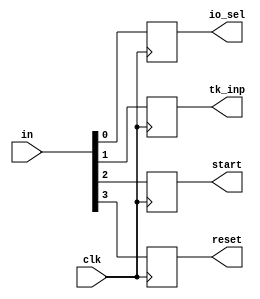
`timescale 1ps/1ps
module debouncer(in,io_sel,tk_inp,start,reset,clk);
 input [3:0]in;
 input clk;
 output reg io_sel,tk_inp,start,reset;
 always@(posedge clk)
 begin
     io_sel<=in[0];
     tk_inp<=in[1];
     start<=in[2];
     reset<=in[3];
 end
endmodule

module comparator(pts,io_sel,tk_inp,led,start,clk,out,reset);
 input clk,start,reset;
 output reg [2:0]out;
 input [2:0]pts;
 input io_sel,tk_inp;
 output reg led;
 reg stop,op;
 reg [2:0]p_state;
 reg [2:0]i_state,f_state;
 reg [2:0]n_state[7:0];
 reg [2:0]prev_st[7:0];
 reg [5:0]dist0[7:0];
 reg [5:0]dist1[7:0];
 reg [5:0]dist2[7:0];
 reg [5:0]dist3[7:0];
 reg [5:0]dist4[7:0];
 reg [5:0]dist5[7:0];
 reg [5:0]dist6[7:0];
 reg [5:0]dist7[7:0];
 reg [5:0]dt[7:0];
 reg [2:0]path[7:0];
 reg [3:0]a,count,cnt,ct;
 reg [2:0]ctr;
  always@(posedge tk_inp)
 begin
     if(io_sel==1'b0)
       i_state=pts;
     else if(io_sel==1'b1)
       f_state=pts;
 end
 always@(posedge clk)
 begin
     dist0[0]<=6'd0; dist0[1]<=6'd1; dist0[2]<=6'd2; dist0[3]<=6'd5; dist0[4]<=6'd20; dist0[5]<=6'd20; dist0[6]<=6'd20; dist0[7]<=6'd20;
     dist1[0]<=6'd1; dist1[1]<=6'd0; dist1[2]<=6'd20; dist1[3]<=6'd20; dist1[4]<=6'd4; dist1[5]<=6'd11; dist1[6]<=6'd20; dist1[7]<=6'd20;
     dist2[0]<=6'd2; dist2[1]<=6'd20; dist2[2]<=6'd0; dist2[3]<=6'd20; dist2[4]<=6'd9; dist2[5]<=6'd5; dist2[6]<=6'd16; dist2[7]<=6'd20;
     dist3[0]<=6'd5; dist3[1]<=6'd20; dist3[2]<=6'd20; dist3[3]<=6'd0; dist3[4]<=6'd20; dist3[5]<=6'd20; dist3[6]<=6'd2; dist3[7]<=6'd20;
     dist4[0]<=6'd20; dist4[1]<=6'd4; dist4[2]<=6'd9; dist4[3]<=6'd20; dist4[4]<=6'd0; dist4[5]<=6'd20; dist4[6]<=6'd20;dist4[7]<=6'd18;
     dist5[0]<=6'd20; dist5[1]<=6'd11; dist5[2]<=6'd5; dist5[3]<=6'd20; dist5[4]<=6'd20; dist5[5]<=6'd0; dist5[6]<=6'd20; dist5[7]<=6'd13;
     dist6[0]<=6'd20; dist6[1]<=6'd20; dist6[2]<=6'd16; dist6[3]<=6'd2;dist6[4]<=6'd20; dist6[5]<=6'd20; dist6[6]<=6'd0; dist6[7]<=6'd2;
     dist7[0]<=6'd20; dist7[1]<=6'd20; dist7[2]<=6'd20; dist7[3]<=6'd20; dist7[4]<=6'd18; dist7[5]<=6'd13; dist7[6]<=6'd2; dist7[7]<=6'd0;
     n_state[0]<=3'd0; n_state[1]<=3'd1; n_state[2]<=3'd2; n_state[3]<=3'd3; n_state[4]<=3'd4; n_state[5]<=3'd5; n_state[6]<=3'd6; n_state[7]<=3'd7;
 end
 always@(posedge clk)
 begin
     if(reset==1'b1)
     begin
         cnt<=4'd1;
         a<=4'd0;
         ctr<=2'd1;
         count<=4'd0;
         prev_st[0]<=i_state;
         dt[0]<=6'd20;dt[1]<=6'd20;dt[2]<=6'd20;dt[3]<=6'd20;dt[4]<=6'd20;dt[5]<=6'd20;dt[6]<=6'd20;dt[7]<=6'd20;
         p_state<=i_state;
         stop<=1'b0;
         led<=1'b0;
         dt[p_state]<=6'd0;
         path[0]<=f_state;
         op<=1'b0;
     end 
     if(cnt==4'd8)
     begin
         op<=1'b1;
         cnt<=4'd1;
         a<=4'd0;
         count<=4'd0;
         p_state<=f_state;
     end
     if(stop==1'b0 && reset==1'b0)
     begin
         case(p_state)
             3'd0 : begin
                 if(a<4'd8)
                 begin
                     if(count<cnt+1)
                     begin
                         if(n_state[a]!=prev_st[count] && op==1'b0)
                         begin
                             if(dt[a]>(dist0[a]+dt[0]))
                             begin
                                 dt[a]<=dist0[a]+dt[0];
                             end                            
                         end
                         else if(op==1'b1 && n_state[a]!=path[count])
                         begin
                             if((dt[0]-dt[a])==dist0[a])
                             begin                               
                                 p_state<=n_state[a];
                                 path[cnt]<=n_state[a];
                                 if(n_state[a]==i_state)begin stop<=1'b1; end
                             end
                         end
                         count<=count+1;
                     end
                     else if(count==cnt+1)
                     begin
                         count<=0;
                         a<=a+1;
                     end
                 end
                 else if(a==4'd8)
                 begin
                     a<=0;
                     cnt<=cnt+1;
                     if(op==1'b0)
                     begin
                         prev_st[cnt]<=p_state;
                         p_state<=3'd1;
                     end
                     
                 end
             end
             3'd1 : begin
                 if(a<4'd8)
                 begin
                     if(count<cnt+1)
                     begin                        
                         if(n_state[a]!=prev_st[count] && op==1'b0)
                         begin
                             if(dt[a]>dist1[a]+dt[1])
                             begin
                                 dt[a]<=dist1[a]+dt[1];
                             end                            
                         end
                         else if(op==1'b1 && n_state[a]!=path[count])
                         begin
                             if((dt[1]-dt[a])==dist1[a])
                             begin                                 
                                 p_state<=n_state[a];
                                 path[cnt]<=n_state[a];
                                 if(n_state[a]==i_state)begin stop<=1'b1; end
                             end
                         end
                         count<=count+1;
                     end
                     else if(count==cnt+1)
                     begin
                         count<=0;
                         a<=a+1;
                     end
                 end
                 else if(a==4'd8)
                 begin
                     a<=0;
                     cnt<=cnt+1;
                     if(op==1'b0)
                     begin
                         prev_st[cnt]<=p_state;
                         p_state<=3'd2;
                     end
                 end
             end
             3'd2 : begin
                 if(a<4'd8)
                 begin
                     if(count<cnt+1)
                     begin
                         if(n_state[a]!=prev_st[count] && op==1'b0)
                         begin
                             if(dt[a]>dist2[a]+dt[2])
                             begin
                                 dt[a]<=dist2[a]+dt[2];
                             end                            
                         end
                         else if(op==1'b1 && n_state[a]!=path[count])
                         begin
                             if((dt[2]-dt[a])==dist2[a])
                             begin                              
                                 p_state<=n_state[a];
                                 path[cnt]<=n_state[a];
                                 if(n_state[a]==i_state)begin stop<=1'b1; end
                             end
                         end
                         count<=count+1;
                     end
                     else if(count==cnt+1)
                     begin
                         count<=0;
                         a<=a+1;
                     end
                 end
                 else if(a==4'd8)
                 begin
                     a<=0;
                     cnt<=cnt+1;
                     if(op==1'b0)
                     begin
                         prev_st[cnt]<=p_state;
                         p_state<=3'd3;
                     end
                 end
             end
             3'd3 : begin
                 if(a<4'd8)
                 begin
                     if(count<cnt+1)
                     begin
                         if(n_state[a]!=prev_st[count] && op==1'b0)
                         begin
                             if(dt[a]>dist3[a]+dt[3])
                             begin
                                 dt[a]<=dist3[a]+dt[3];
                             end                            
                         end
                         else if(op==1'b1 && n_state[a]!=path[count])
                         begin
                             if((dt[3]-dt[a])==dist3[a])
                             begin                                
                                 p_state<=n_state[a];
                                 path[cnt]<=n_state[a];
                                 if(n_state[a]==i_state)begin stop<=1'b1; end
                             end
                         end
                         count<=count+1;
                     end
                     else if(count==cnt+1)
                     begin
                         count<=0;
                         a<=a+1;
                     end
                 end
                 else if(a==4'd8)
                 begin
                     a<=0;
                     cnt<=cnt+1;
                     if(op==1'b0)
                     begin
                         prev_st[cnt]<=p_state;
                         p_state<=3'd4;
                     end
                 end
             end
             3'd4 : begin
                if(a<4'd8)
                 begin
                     if(count<cnt+1)
                     begin
                         if(n_state[a]!=prev_st[count] && op==1'b0)
                         begin
                             if(dt[a]>dist4[a]+dt[4])
                             begin
                                 dt[a]<=dist4[a]+dt[4];
                             end                            
                         end
                         else if(op==1'b1 && n_state[a]!=path[count])
                         begin
                             if((dt[4]-dt[a])==dist4[a])
                             begin                                
                                 p_state<=n_state[a];
                                 path[cnt]<=n_state[a];
                                 if(n_state[a]==i_state)begin stop<=1'b1; end
                             end
                         end
                         count<=count+1;
                     end
                     else if(count==cnt+1)
                     begin
                         count<=0;
                         a<=a+1;
                     end
                 end
                 else if(a==4'd8)
                 begin
                     a<=0;
                     cnt<=cnt+1;
                     if(op==1'b0)
                     begin
                         prev_st[cnt]<=p_state;
                         p_state<=3'd5;
                     end
                 end
             end
             3'd5 : begin
                 if(a<4'd8)
                 begin
                     if(count<cnt+1)
                     begin
                         if(n_state[a]!=prev_st[count] && op==1'b0)
                         begin
                             if(dt[a]>dist5[a]+dt[5])
                             begin
                                 dt[a]<=dist5[a]+dt[5];
                             end                            
                         end
                         else if(op==1'b1 && n_state[a]!=path[count])
                         begin
                             if((dt[5]-dt[a])==dist5[a])
                             begin
                                 p_state<=n_state[a];
                                 path[cnt]<=n_state[a];                         
                                 if(n_state[a]==i_state)begin stop<=1'b1; end
                             end
                         end
                         count<=count+1;
                     end
                     else if(count==cnt+1)
                     begin
                         count<=0;
                         a<=a+1;
                     end
                 end
                 else if(a==4'd8)
                 begin
                     a<=0;
                     cnt<=cnt+1;
                     if(op==1'b0)
                     begin
                         prev_st[cnt]<=p_state;
                         p_state<=3'd6;
                     end
                 end
             end
             3'd6 : begin
                 if(a<4'd8)
                 begin
                     if(count<cnt+1)
                     begin
                         if(n_state[a]!=prev_st[count] && op==1'b0)
                         begin
                             if(dt[a]>dist6[a]+dt[6])
                             begin
                                 dt[a]<=dist6[a]+dt[6];
                             end                            
                         end
                         else if(op==1'b1 && n_state[a]!=path[count])
                         begin
                             if((dt[6]-dt[a])==dist6[a])
                             begin
                                 p_state<=n_state[a];
                                 path[cnt]<=n_state[a];                             
                                 if(n_state[a]==i_state)begin stop<=1'b1; end
                             end
                         end
                         count<=count+1;
                     end
                     else if(count==cnt+1)
                     begin
                         count<=0;
                         a<=a+1;
                     end
                 end
                 else if(a==4'd8)
                 begin
                     a<=0;
                     cnt<=cnt+1;
                     if(op==1'b0)
                     begin
                         prev_st[cnt]<=p_state;
                         p_state<=3'd7;
                     end
                 end
             end
             3'd7 : begin
                 if(a<4'd8)
                 begin
                     if(count<cnt+1)
                     begin
                         if(n_state[a]!=prev_st[count] && op==1'b0)
                         begin
                             if(dt[a]>dist7[a]+dt[7])
                             begin
                                 dt[a]<=dist7[a]+dt[7];
                             end                            
                         end
                         else if(op==1'b1 && n_state[a]!=path[count])
                         begin
                             if((dt[7]-dt[a])==dist7[a])
                             begin
                                 p_state<=n_state[a];
                                 path[cnt]<=n_state[a];
                                 if(n_state[a]==i_state)begin stop<=1'b1; end
                             end
                         end
                         count<=count+1;
                     end
                     else if(count==cnt+1)
                     begin
                         count<=0;
                         a<=a+1;
                     end
                 end
                 else if(a==4'd8)
                 begin
                     a<=0;
                     cnt<=cnt+1;
                     if(op==1'b0)
                     begin
                         prev_st[cnt]<=p_state;
                         p_state<=3'd0;
                     end
                 end
             end
         endcase
     end
     else if(stop==1'b1 && reset==1'b0)
     begin
         if(ctr==2'd1) begin ctr<=ctr+1; led<=1'b1; end
         if(ctr==2'd2 && start==1'b1)
         begin
            ctr<=2'd0;
         end
     end
 end

 always@(posedge start)
 begin
     if(ctr==2'd2) begin ct=0; end
     if(ct<cnt+4'd1)
     begin
         out<=path[ct];
     end
     ct=ct+1;
 end
endmodule

module Top(pts,led,out,clk,IN);
 input [2:0]pts;
 input [3:0]IN;
 input clk;
 output led;
 output [2:0]out;
 debouncer D1(IN,io_sel,tk_inp,start,reset,clk);
 comparator c1(pts,io_sel,tk_inp,led,start,clk,out,reset);
endmodule